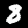
Digit: 8